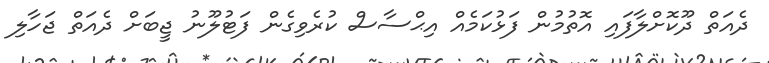
ދެއަތް ދޫކޮށްލާފައި އޮތުމުން ފަޅުކަމެއް އިޙްސާސް ކުރެވިގެން ފަޓުލޫނު ޖީބަށް ދެއަތް ޖަހާލި